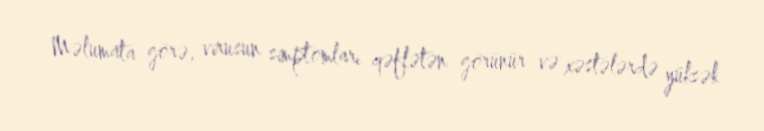
Məlumata görə, virusun simptomları qəflətən görünür və xəstələrdə yüksək